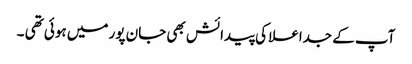
آپ کے جداعلا کی پیدائش بھی جان پور میں ہوئی تھی ۔